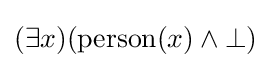
(\exists x)({\text{person}}(x)\wedge \bot )